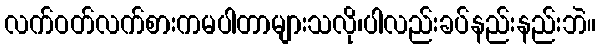
လက်ဝတ်လက်စားကမပါတာများသလို၊ပါလည်းခပ်နည်းနည်းဘဲ။